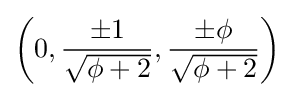
\left(0,{\frac {\pm 1}{\sqrt {\phi +2}}},{\frac {\pm \phi }{\sqrt {\phi +2}}}\right)